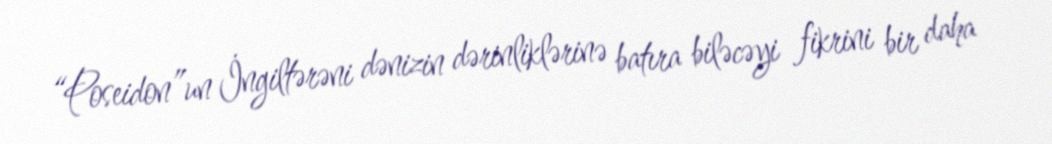
“Poseidon”un İngiltərəni dənizin dərinliklərinə batıra biləcəyi fikrini bir daha